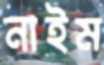
নাইম